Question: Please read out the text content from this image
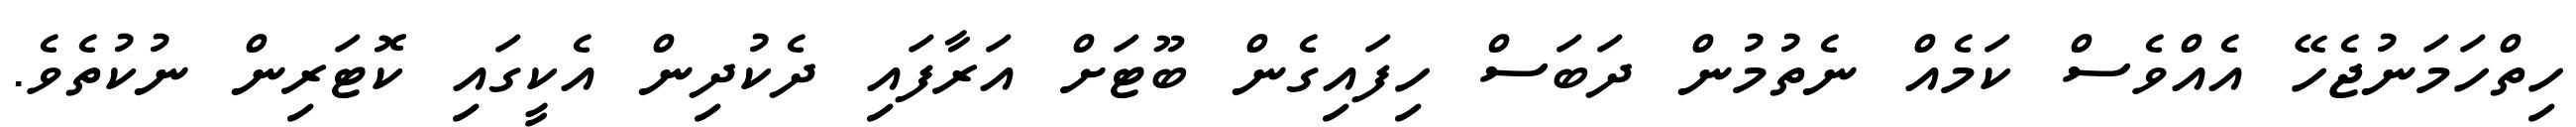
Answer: ހިތްހަމަނުޖެހޭ އެއްވެސް ކަމެއް ނެތުމުން ދަބަސް ހިފައިގެން ބޫޓަށް އަރާފައި ދެކުދިން އެކީގައި ކޮޓަރިން ނުކުތެވެ.